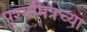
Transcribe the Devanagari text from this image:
पुश्यमित्रच्या